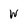
Character: W